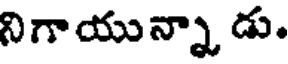
నిగాయున్నా డు.